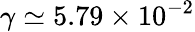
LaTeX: \gamma\simeq 5.79\times 10^{-2}